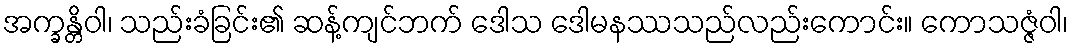
အက္ခန္တိဝါ၊ သည်းခံခြင်း၏ ဆန့်ကျင်ဘက် ဒေါသ ဒေါမနဿသည်လည်းကောင်း။ ကောသဇ္ဇံဝါ၊